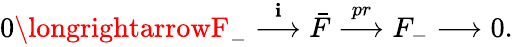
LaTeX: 0\longrightarrowF_{-}\stackrel{\mathbf{i}}{\longrightarrow}\bar{{F}}\stackrel{pr}{\longrightarrow}F_{-}\longrightarrow0.